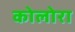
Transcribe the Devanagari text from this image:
कोलोरा